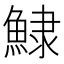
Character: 𩸙